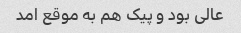
عالی بود و پیک هم به موقع امد